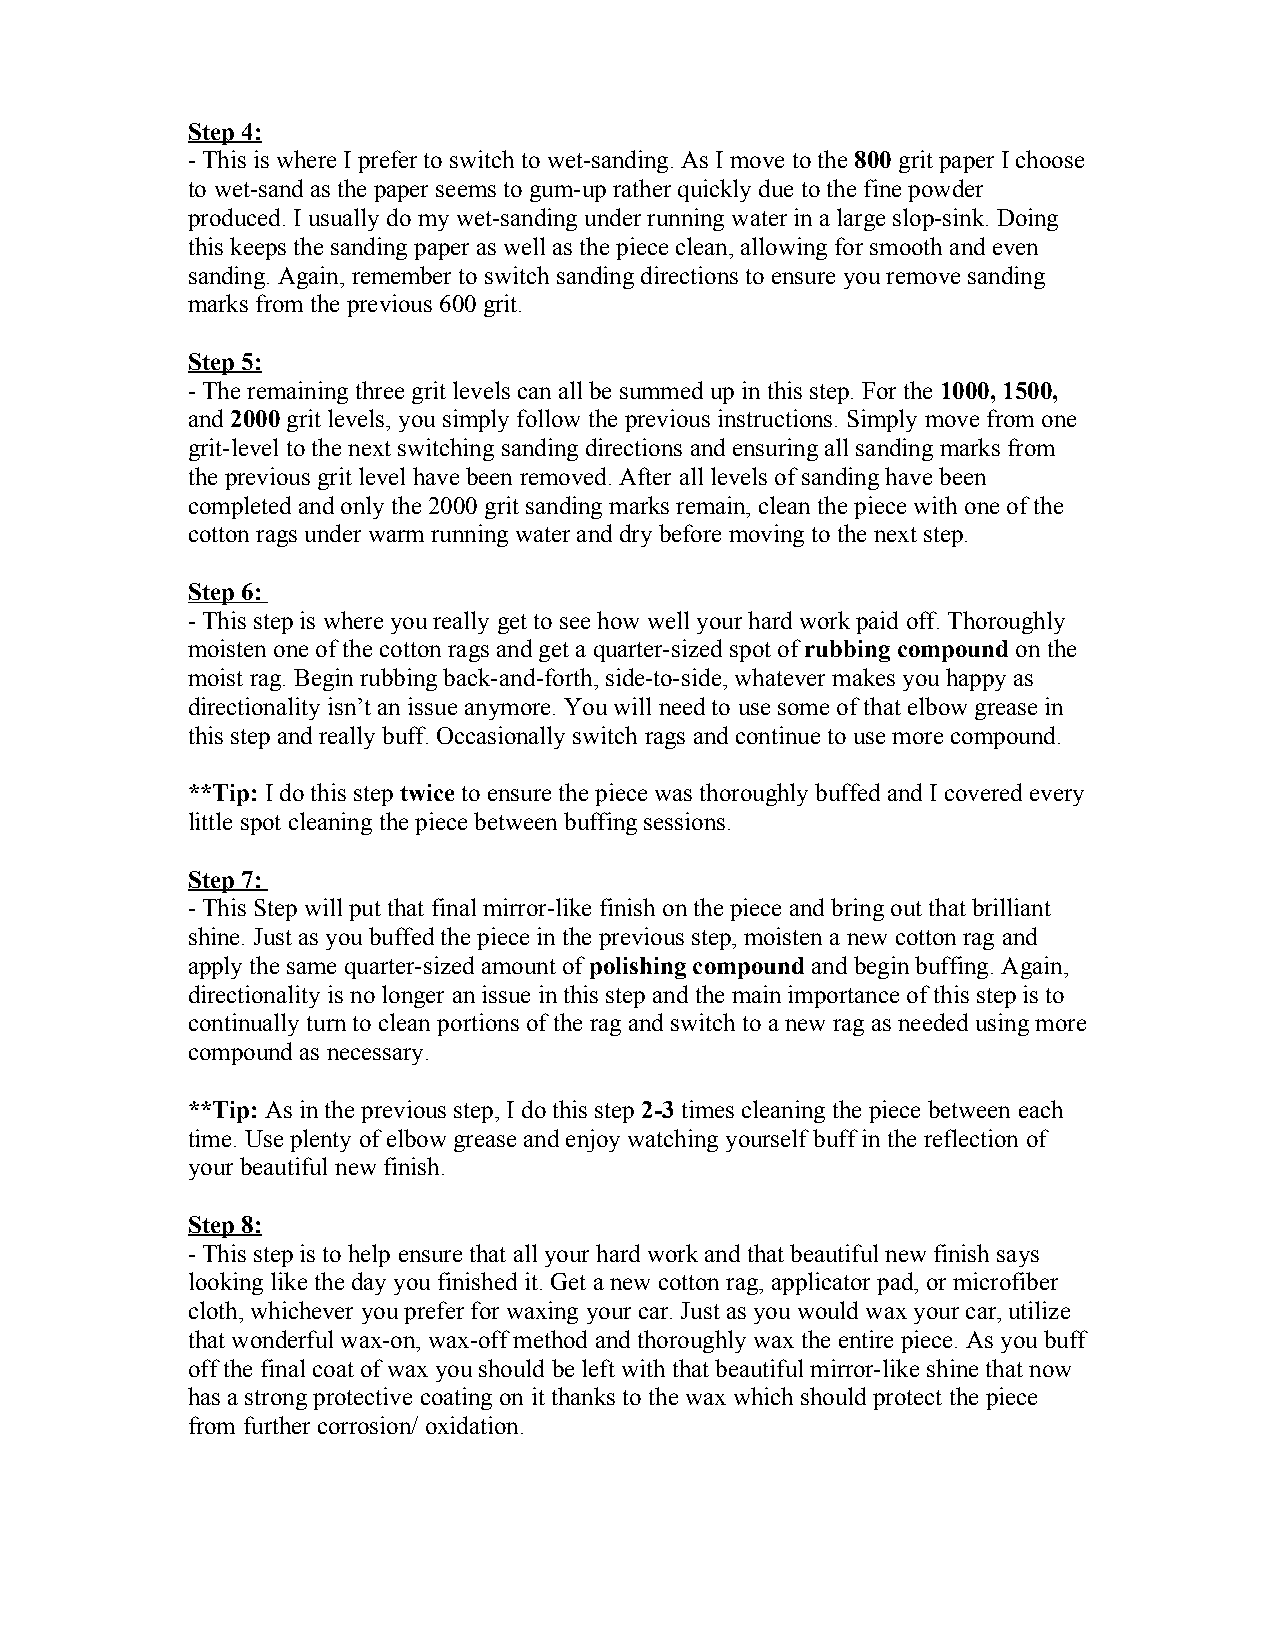
Step 4:
 - This is where I prefer to switch to wet-sanding. As I move to the 800 grit paper I choose
 to wet-sand as the paper seems to gum-up rather quickly due to the fine powder
 produced. I usually do my wet-sanding under running water in a large slop-sink. Doing
 this keeps the sanding paper as well as the piece clean, allowing for smooth and even
 sanding. Again, remember to switch sanding directions to ensure you remove sanding
 marks from the previous 600 grit.
 Step 5:
 - The remaining three grit levels can all be summed up in this step. For the 1000, 1500,
 and 2000 grit levels, you simply follow the previous instructions. Simply move from one
 grit-level to the next switching sanding directions and ensuring all sanding marks from
 the previous grit level have been removed. After all levels of sanding have been
 completed and only the 2000 grit sanding marks remain, clean the piece with one of the
 cotton rags under warm running water and dry before moving to the next step.
 Step 6:
 - This step is where you really get to see how well your hard work paid off. Thoroughly
 moisten one of the cotton rags and get a quarter-sized spot of rubbing compound on the
 moist rag. Begin rubbing back-and-forth, side-to-side, whatever makes you happy as
 directionality isn’t an issue anymore. You will need to use some of that elbow grease in
 this step and really buff. Occasionally switch rags and continue to use more compound.
 **Tip: I do this step twice to ensure the piece was thoroughly buffed and I covered every
 little spot cleaning the piece between buffing sessions.
 Step 7:
 - This Step will put that final mirror-like finish on the piece and bring out that brilliant
 shine. Just as you buffed the piece in the previous step, moisten a new cotton rag and
 apply the same quarter-sized amount of polishing compound and begin buffing. Again,
 directionality is no longer an issue in this step and the main importance of this step is to
 continually turn to clean portions of the rag and switch to a new rag as needed using more
 compound as necessary.
 **Tip: As in the previous step, I do this step 2-3 times cleaning the piece between each
 time. Use plenty of elbow grease and enjoy watching yourself buff in the reflection of
 your beautiful new finish.
 Step 8:
 - This step is to help ensure that all your hard work and that beautiful new finish says
 looking like the day you finished it. Get a new cotton rag, applicator pad, or microfiber
 cloth, whichever you prefer for waxing your car. Just as you would wax your car, utilize
 that wonderful wax-on, wax-off method and thoroughly wax the entire piece. As you buff
 off the final coat of wax you should be left with that beautiful mirror-like shine that now
 has a strong protective coating on it thanks to the wax which should protect the piece
 from further corrosion/ oxidation.